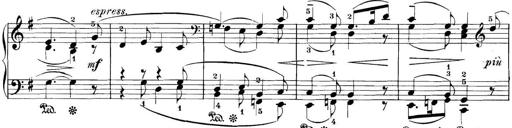
Title: 3 Sonatinas
Composer: Carl Reinecke